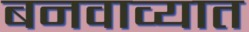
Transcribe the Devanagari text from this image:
बनवाव्यात